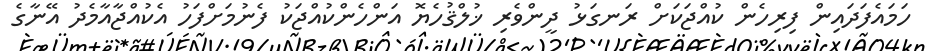
ހަމައެފަދައިން ފިރިހެން ކުއްޖަކަށް ރަނގަޅު ދީންވެރި ޚުލްޤުހެޔޮ އަންހެންކުއްޖަކު ފެނުމަށްފަހު އެކުއްޖާއާމެދު އޭނާގެ